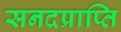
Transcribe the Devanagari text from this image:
सनदप्राप्ति